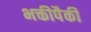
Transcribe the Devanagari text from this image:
भक्तीपैकी